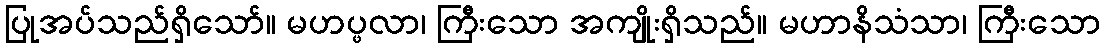
ပြုအပ်သည်ရှိသော်။ မဟပ္ဖလာ၊ ကြီးသော အကျိုးရှိသည်။ မဟာနိသံသာ၊ ကြီးသော